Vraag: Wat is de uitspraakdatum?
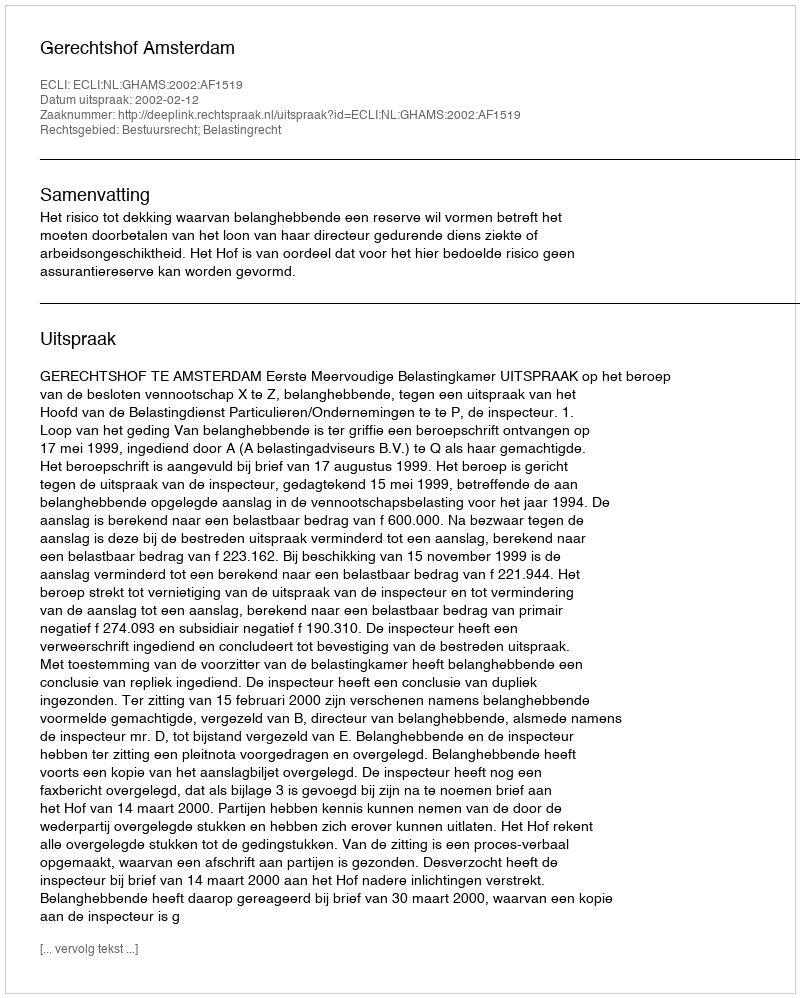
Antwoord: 2002-02-12